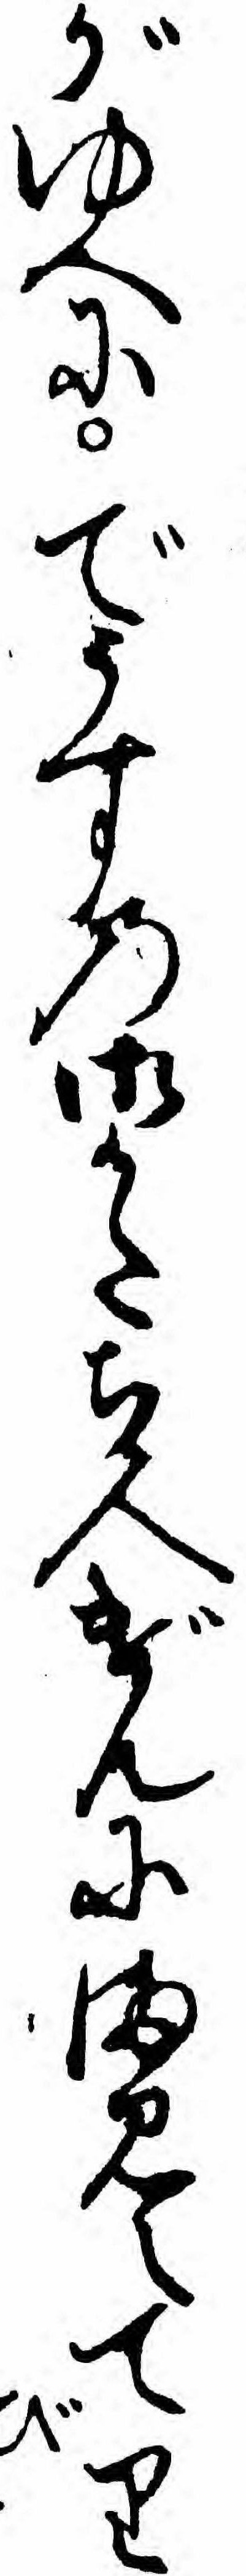
がゆへにでうすの御かたち人げんにまみえてり